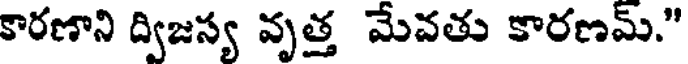
కారణాని ద్విజస్య వృత్త మేవతు కారణమ్."